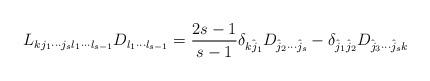
LaTeX: \begin{align*} L_{k j_1 \cdots j_s l_1\cdots l_{s-1}}D_{l_1 \cdots l_{s-1}} = \frac{2s-1}{s-1}\delta_{\hat{kj_1}}D_{\hat{j}_2 \cdots \hat{j}_s} - \delta_{\hat{j}_1\hat{j}_2}D_{\hat{j}_3 \cdots \hat{j}_sk} \end{align*}